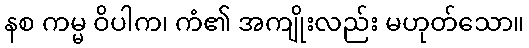
နစ ကမ္မ ဝိပါက၊ ကံ၏ အကျိုးလည်း မဟုတ်သော။